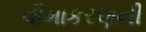
વીમાકરણની